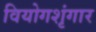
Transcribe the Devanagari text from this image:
वियोगशृंगार